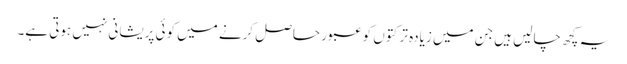
یہ کچھ چالیں ہیں جن میں زیادہ تر کتوں کو عبور حاصل کرنے میں کوئی پریشانی نہیں ہوتی ہے۔